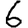
Digit: 6